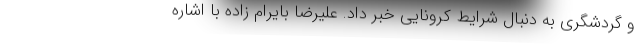
و گردشگری به دنبال شرایط کرونایی خبر داد. علیرضا بایرام زاده با اشاره